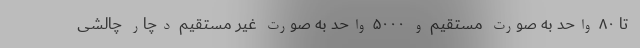
تا ۸۰ واحد به صورت مستقیم و ۵۰۰۰ واحد به صورت غیر مستقیم دچار چالشی